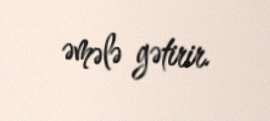
əmələ gətirir.